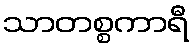
သာတစ္စကာရီ